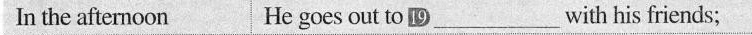
In the afternoon He goes out to 19 ___ with his friends;